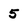
Character: 5